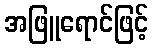
အဖြူရောင်ဖြင့်